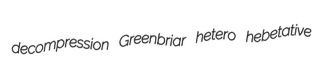
decompression Greenbriar hetero hebetative